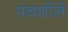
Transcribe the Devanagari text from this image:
पंचशीले